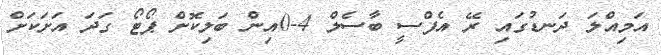
އަމިއްލަ ދަނޑުގައި ރޭ އެފްސީ ބާސެލް 4-0އިން ބަލިކޮށް ޕޯޓޯ ގަދަ އަށަކަށް